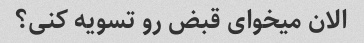
الان میخوای قبض رو تسویه کنی؟